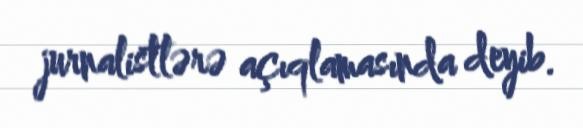
jurnalistlərə açıqlamasında deyib.